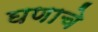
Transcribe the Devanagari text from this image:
घणाचे